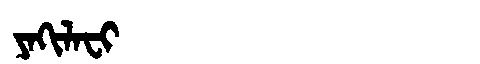
Manchu: ᠶᠠᡴᡳᠯᠠᠸᡳ
Romanization: YAKILAFI